system: You are a helpful assistant.
user:
Analyze the provided spectrum to determine if it is a **"Cataclysmic Variables (CV)"**.

- **Key Indicators for CV (Check for either state):**
    - **State 1: Quiescent / Low-State (Emission-Dominated)**
        - **(Primary):** Strong and *very broad* Hydrogen Balmer emission lines (e.g., $H\alpha$ at 6563 Å, $H\beta$ at 4861 Å). The 'broadness' (high velocity dispersion, often FWHM > 1000 km/s) is the key diagnostic, indicating a high-velocity accretion disk.
        - **(Secondary):** Broad neutral Helium (He I) emission lines (e.g., 5876 Å, 6678 Å).
        - **(Key Confirmation):** Presence of high-excitation *ionized* Helium (He II) emission at 4686 Å. This is a strong indicator of accretion onto a white dwarf.
        - **(Line Profile):** Emission lines may exhibit a 'double-peaked' profile, which is a classic signature of a rotating accretion disk viewed at high inclination.

    - **State 2: Outburst / High-State (Absorption-Dominated)**
        - **(Primary):** Spectrum is dominated by a bright, blue continuum (looks like a hot star).
        - **(Secondary):** The emission lines from State 1 are weak, absent, or 'filled in', and are replaced by broad, shallow *absorption* lines (primarily Balmer and He I).
        - **(Morphology):** The overall spectrum mimics a hot B/A-type star. The crucial difference is that the absorption lines are significantly broader, shallower, and more 'washed-out' (or 'smeared') than the sharp lines of a normal stellar photosphere, due to high rotational speeds and pressure broadening in the disk.

Think first, call **spectral_visualization_tool** if needed to examine features in detail, then provide your final answer. Your response must adhere to the following strict rules:
1.  **Overall Structure:** Your response must follow the format `<think>...</think> <tool_call>...</tool_call> (if a tool is used) <answer>...</answer>`.
2.  **Tool Usage Constraint:** You may only make **one** tool call per turn.
3.  **Final Answer Format:** In the `<answer>` tag, your conclusion must be inside a `\boxed{}` command (e.g., `\boxed{YES}`), followed by your justification.

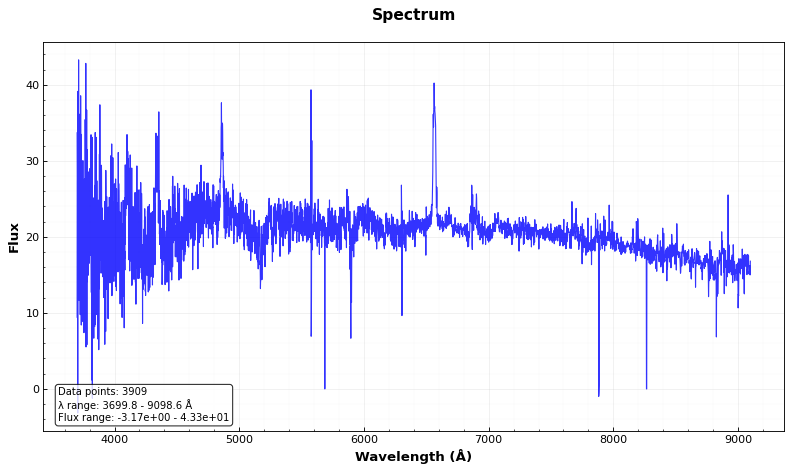
Answer: YES